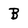
Character: B